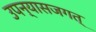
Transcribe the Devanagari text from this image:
उपन्यासजगत्